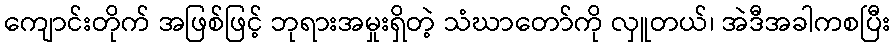
ကျောင်းတိုက် အဖြစ်ဖြင့် ဘုရားအမှုးရှိတဲ့ သံဃာတော်ကို လှူတယ်၊ အဲဒီအခါကစပြီး